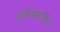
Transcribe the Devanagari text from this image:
इलेओकरिस